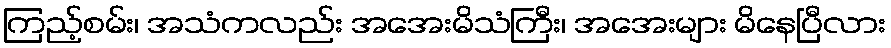
ကြည့်စမ်း၊ အသံကလည်း အအေးမိသံကြီး၊ အအေးများ မိနေပြီလား